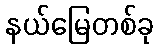
နယ်မြေတစ်ခု